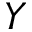
\boldsymbol { Y }